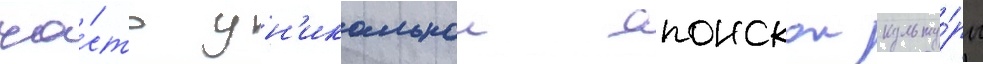
ча́сть ун'икальнои японскои культу́ры